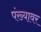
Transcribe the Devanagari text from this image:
पंख्यावर